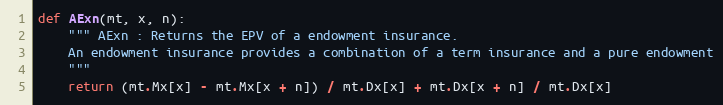
Language: Python
def AExn(mt, x, n):
    """ AExn : Returns the EPV of a endowment insurance.
    An endowment insurance provides a combination of a term insurance and a pure endowment
    """
    return (mt.Mx[x] - mt.Mx[x + n]) / mt.Dx[x] + mt.Dx[x + n] / mt.Dx[x]